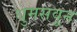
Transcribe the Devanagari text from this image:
धुमसवून